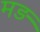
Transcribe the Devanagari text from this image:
मड़